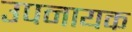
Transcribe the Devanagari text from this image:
उपनायक